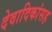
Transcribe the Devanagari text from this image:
देवादिकांसह